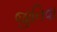
જીનિવા